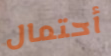
أحتمال